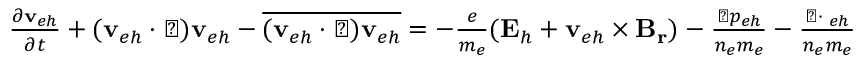
\begin{array} { r } { \frac { \partial \mathbf { v } _ { e h } } { \partial t } + ( \mathbf { v } _ { e h } \cdot \triangledown ) \mathbf { v } _ { e h } - \overline { { ( \mathbf { v } _ { e h } \cdot \triangledown ) \mathbf { v } _ { e h } } } = - \frac { e } { m _ { e } } ( \mathbf { E } _ { h } + \mathbf { v } _ { e h } \times \mathbf { B _ { r } } ) - \frac { \triangledown p _ { e h } } { n _ { e } m _ { e } } - \frac { \triangledown \cdot { \bf \Pi } _ { e h } } { n _ { e } m _ { e } } } \end{array}